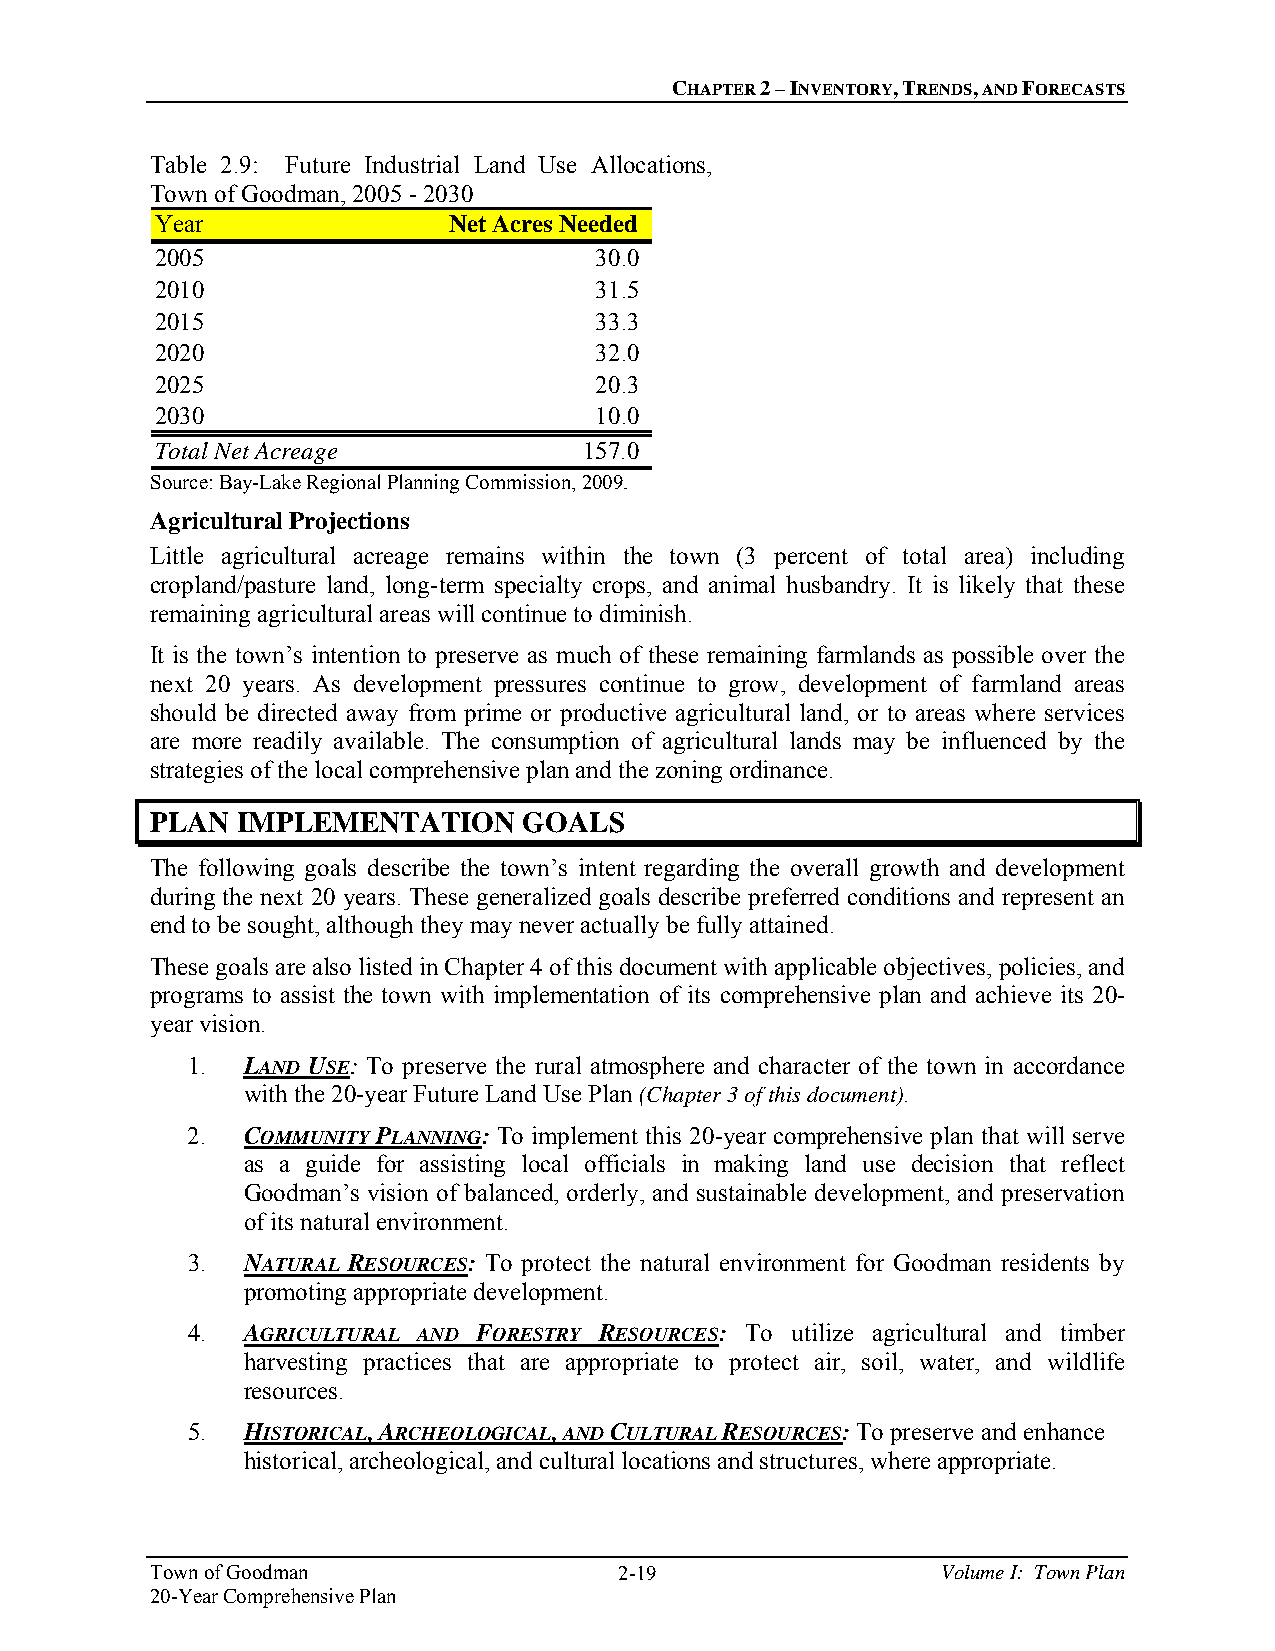
CHAPTER 2 – INVENTORY, TRENDS, AND FORECASTS
 Table 2.9: Future Industrial Land Use Allocations,
 Town of Goodman, 2005 - 2030
 Year                Net Acres Needed
 2005                         30.0
 2010                         31.5
 2015                         33.3
 2020                         32.0
 2025                         20.3
 2030                         10.0
 Total Net Acreage            1 57.0
 Source: Bay-Lake Regional Planning Commission, 2009.
 Agricultural Projections
 Little agricultural acreage remains within the town (3 percent of total area) including
 cropland/pasture land, long-term specialty crops, and animal husbandry. It is likely that these
 remaining agricultural areas will continue to diminish.
 It is the town’s intention to preserve as much of these remaining farmlands as possible over the
 next 20 years. As development pressures continue to grow, development of farmland areas
 should be directed away from prime or productive agricultural land, or to areas where services
 are more readily available. The consumption of agricultural lands may be influenced by the
 strategies of the local comprehensive plan and the zoning ordinance.
 PLAN  IMPLEMENTATION     GOALS
 The following goals describe the town’s intent regarding the overall growth and development
 during the next 20 years. These generalized goals describe preferred conditions and represent an
 end to be sought, although they may never actually be fully attained.
 These goals are also listed in Chapter 4 of this document with applicable objectives, policies, and
 programs to assist the town with implementation of its comprehensive plan and achieve its 20-
 year vision.
 1.  LAND USE: To preserve the rural atmosphere and character of the town in accordance
 with the 20-year Future Land Use Plan (Chapter 3 of this document).
 2.  COMMUNITY PLANNING: To implement this 20-year comprehensive plan that will serve
 as a guide for assisting local officials in making land use decision that reflect
 Goodman’s vision of balanced, orderly, and sustainable development, and preservation
 of its natural environment.
 3.  NATURAL RESOURCES: To protect the natural environment for Goodman residents by
 promoting appropriate development.
 4.  AGRICULTURAL AND FORESTRY RESOURCES: To utilize agricultural and timber
 harvesting practices that are appropriate to protect air, soil, water, and wildlife
 resources.
 5.  HISTORICAL, ARCHEOLOGICAL, AND CULTURAL RESOURCES: To preserve and enhance
 historical, archeological, and cultural locations and structures, where appropriate.
 Town of Goodman                2-19                 Volume I: Town Plan
 20-Year Comprehensive Plan